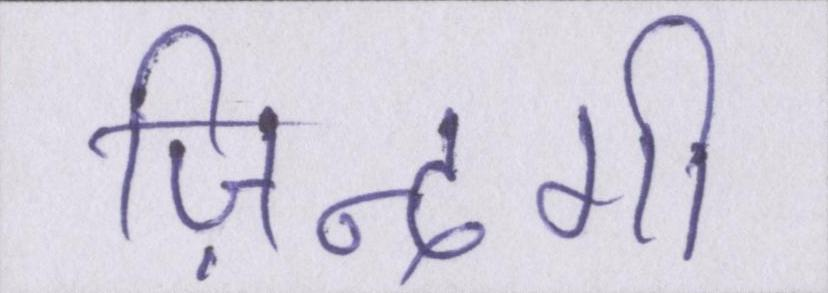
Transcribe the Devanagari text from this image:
ज़िन्दगी